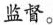
监督。